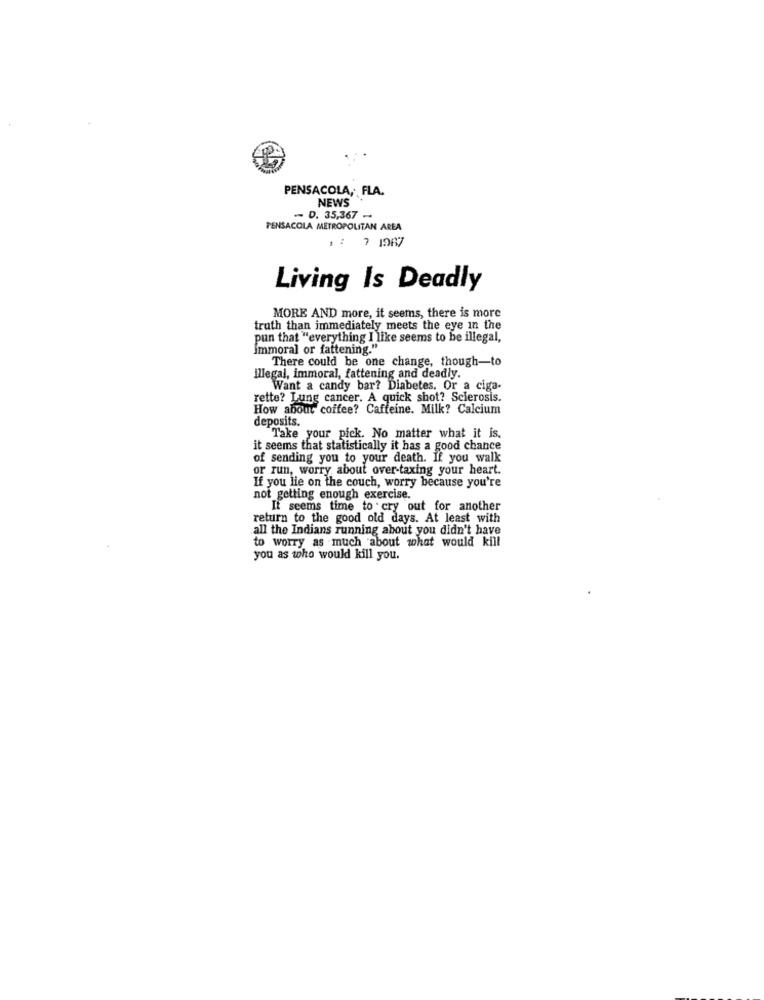
PENSACOLA, FLA.
NEWS
- D. 35,367 -
PENSACOLA METROPOLITAN AREA
: 7 1967
Living Is Deadly
MORE AND more, it seems, there is more
truth than immediately meets the eye in the
pun that "everything I like seems to be illegal,
Immoral or fattening."
There could be one change, though-to
illegal, immoral, fattening and deadly.
Want a candy bar? Diabetes. Or a ciga-
rette? Lung cancer. A quick shot? Sclerosis.
How about coffee? Caffeine. Milk? Calcium
deposits.
Take your pick. No matter what it is.
it seems that statistically it has a good chance
of sending you to your death. If you walk
or run, worry about over-taxing your heart.
If you lie on the couch, worry because you're
not getting enough exercise.
It seems time to cry out for another
return to the good old days. At least with
all the Indians running about you didn't have
to worry as much about what would kill
you as who would kill you.